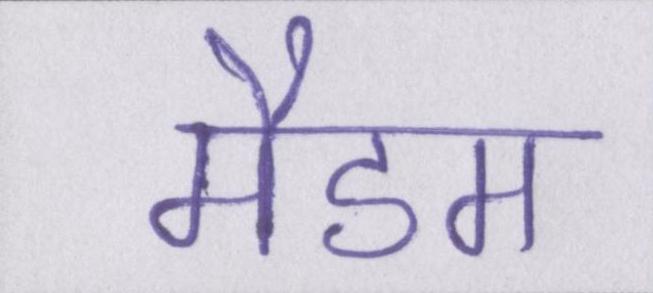
मैडम